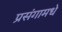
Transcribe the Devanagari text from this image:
प्रसंगामधे